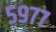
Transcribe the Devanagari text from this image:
५९७७